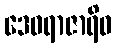
ဒေဝရာဇာရိဝ